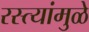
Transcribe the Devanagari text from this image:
रस्त्यांमुळे